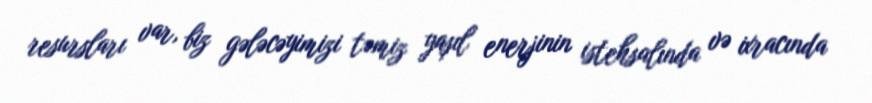
resursları var, biz gələcəyimizi təmiz yaşıl enerjinin istehsalında və ixracında